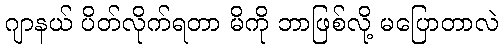
ဂျာနယ် ပိတ်လိုက်ရတာ မိကို ဘာဖြစ်လို့ မပြောတာလဲ